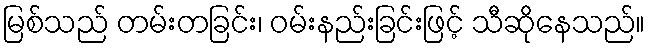
မြစ်သည် တမ်းတခြင်း၊ ဝမ်းနည်းခြင်းဖြင့် သီဆိုနေသည်။